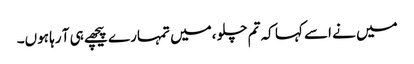
میں نے اسے کہا کہ تم چلو ،میں تمہارے پیچھے ہی آ رہا ہوں۔